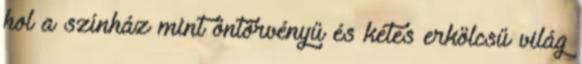
hol a színház mint öntörvényű és kétes erkölcsű világ